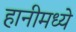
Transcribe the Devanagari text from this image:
हानीमध्ये